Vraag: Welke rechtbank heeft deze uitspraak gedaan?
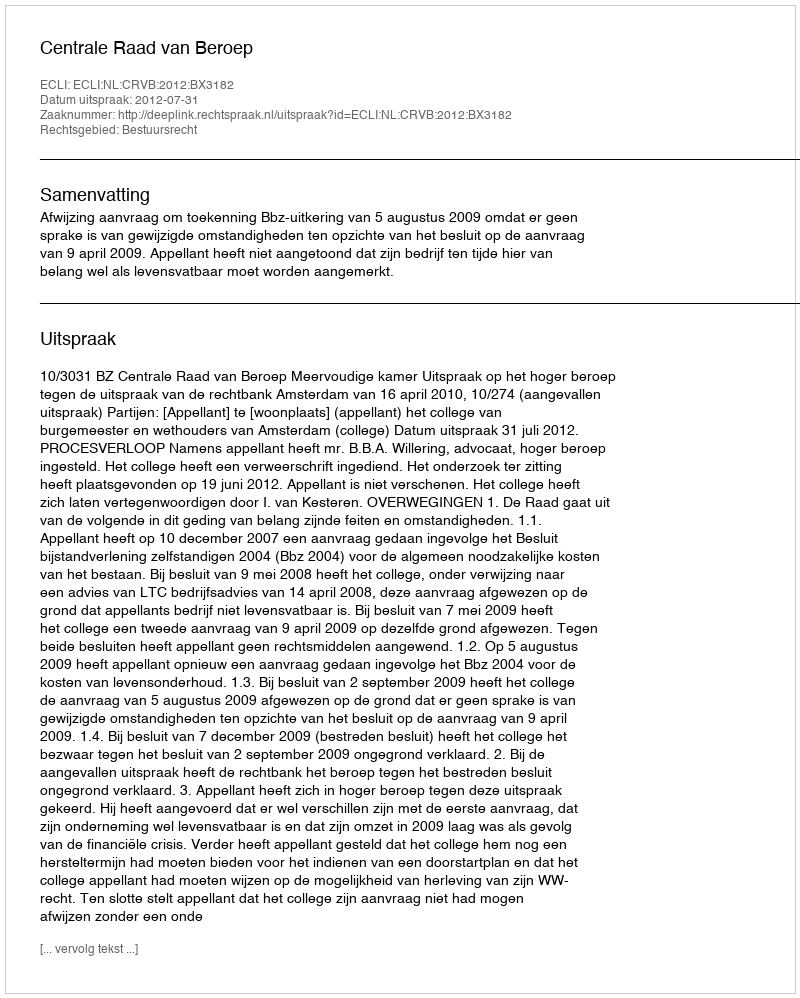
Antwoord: Centrale Raad van Beroep